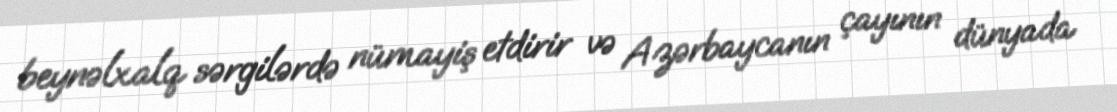
beynəlxalq sərgilərdə nümayiş etdirir və Azərbaycanın çayının dünyada